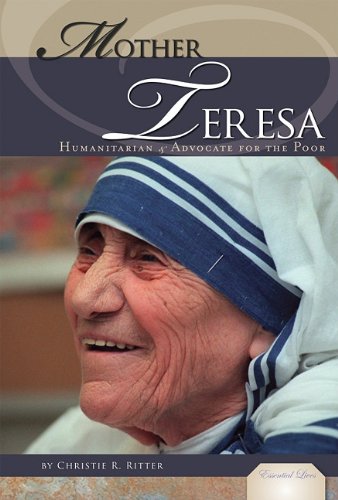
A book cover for Mother Teresa: Humanitarian & Advocate for the Poor (Essential Lives Set 6); Christie R. Ritter; Teen & Young Adult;